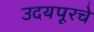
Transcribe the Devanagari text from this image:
उदयपूरचे